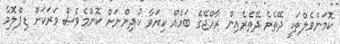
ކޮމަންވެލްތަކީ ދޭތެރެ ދޭތެރެއިން ރާއްޖޭގެ ބައެއް ކިޔަވާ ކުދިންނަށް ކޮންމެވެސް ވަރަކަށް ޑިޕްލޮމާ